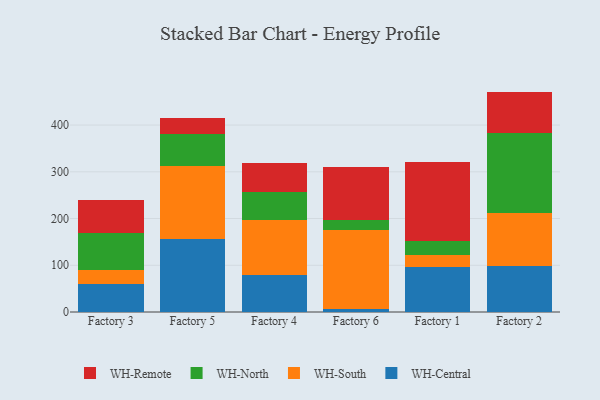
{"axis": {"x": "Factory", "y": "Waste Production (Tons)"}, "legend": ["WH-Central", "WH-North", "WH-Remote", "WH-South"], "data": [{"x": "Factory 3", "y": 59.8, "type": "WH-Central"}, {"x": "Factory 3", "y": 29.9, "type": "WH-South"}, {"x": "Factory 3", "y": 78.3, "type": "WH-North"}, {"x": "Factory 3", "y": 70.9, "type": "WH-Remote"}, {"x": "Factory 5", "y": 156.2, "type": "WH-Central"}, {"x": "Factory 5", "y": 155.7, "type": "WH-South"}, {"x": "Factory 5", "y": 68.3, "type": "WH-North"}, {"x": "Factory 5", "y": 34.7, "type": "WH-Remote"}, {"x": "Factory 4", "y": 80.2, "type": "WH-Central"}, {"x": "Factory 4", "y": 117.3, "type": "WH-South"}, {"x": "Factory 4", "y": 59.3, "type": "WH-North"}, {"x": "Factory 4", "y": 62.2, "type": "WH-Remote"}, {"x": "Factory 6", "y": 7.4, "type": "WH-Central"}, {"x": "Factory 6", "y": 167.7, "type": "WH-South"}, {"x": "Factory 6", "y": 21.2, "type": "WH-North"}, {"x": "Factory 6", "y": 113.1, "type": "WH-Remote"}, {"x": "Factory 1", "y": 95.4, "type": "WH-Central"}, {"x": "Factory 1", "y": 26.0, "type": "WH-South"}, {"x": "Factory 1", "y": 31.5, "type": "WH-North"}, {"x": "Factory 1", "y": 167.5, "type": "WH-Remote"}, {"x": "Factory 2", "y": 98.7, "type": "WH-Central"}, {"x": "Factory 2", "y": 112.7, "type": "WH-South"}, {"x": "Factory 2", "y": 170.9, "type": "WH-North"}, {"x": "Factory 2", "y": 89.3, "type": "WH-Remote"}]}